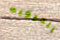
الحيويه